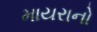
માયરાનો